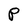
Character: P